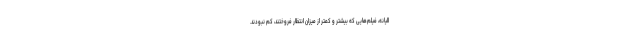
الیانه، فیلم‌هایی که بیشتر و کمتر از میزان انتظار فروختند، کم نبودند.